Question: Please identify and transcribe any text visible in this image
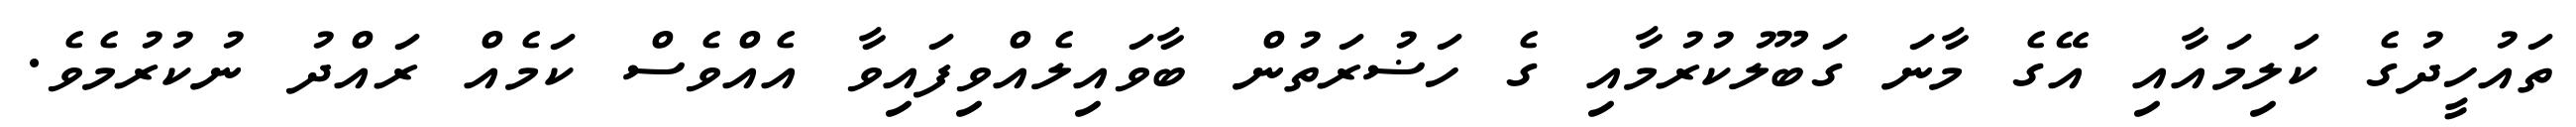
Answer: ތައުހީދުގެ ކަލިމައާއި އޭގެ މާނަ ގަބޫލުކުރުމާއި ގެ ހަޟުރަތުން ބާވައިލެއްވިފައިވާ އެއްވެސް ކަމެއް ރައްދު ނުކުރުމެވެ.